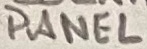
Text: PANEL